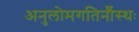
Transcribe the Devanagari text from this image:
अनुलोमगतिर्नौस्थः